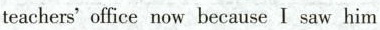
teachers' office now because I saw him